Civil Veterinary Dept. Assam report 1911-1927 - 1911-1927
Year: 1911
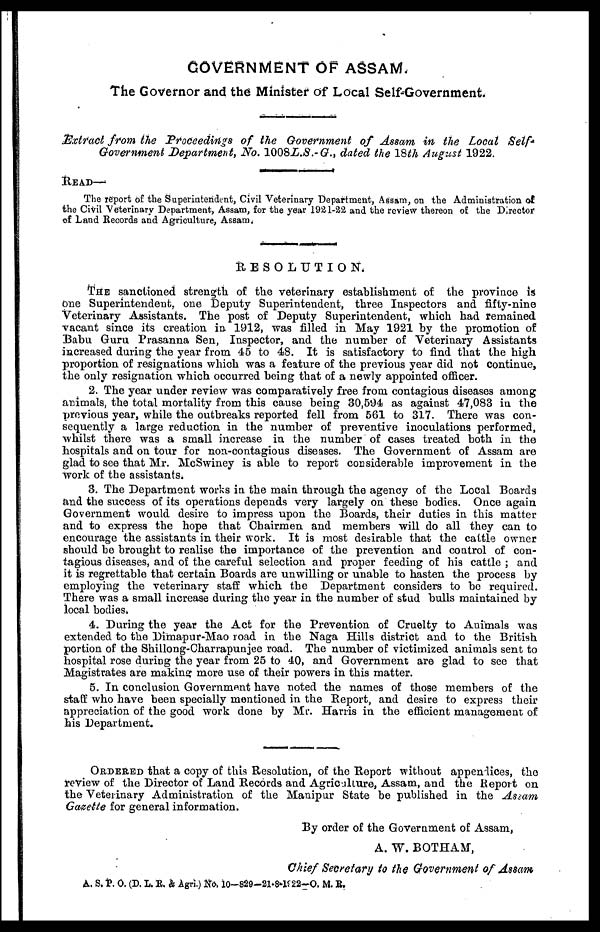
GOVERNMENT OF ASSAM.
The Governor and the Minister of Local Self-Government.
Extract from the Proceedings of the Government of Assam in the Local Self-
Government Department, No. 1008L.S.-G., dated the 18th August 1922.
READ—
The report of the Superintendent, Civil Veterinary Department, Assam, on the Administration of
the Civil Veterinary Department, Assam, for the year 1921-22 and the review thereon of the Director
of Land Records and Agriculture, Assam.
R E S O L U T I O N.
THE sanctioned strength of the veterinary establishment of the province is
one Superintendent, one Deputy Superintendent, three Inspectors and fifty-nine
Veterinary Assistants. The post of Deputy Superintendent, which had remained
vacant since its creation in 1912, was filled in May 1921 by the promotion of
Babu Guru Prasanna Sen, Inspector, and the number of Veterinary Assistants
increased during the year from 45 to 48. It is satisfactory to find that the high
proportion of resignations which was a feature of the previous year did not continue,
the only resignation which occurred being that of a newly appointed officer.
2. The year under review was comparatively free from contagious diseases among
animals, the total mortality from this cause being 30,594 as against 47,083 in the
previous year, while the outbreaks reported fell from 561 to 317. There was con-
sequently a large reduction in the number of preventive inoculations performed,
whilst there was a small increase in the number of cases treated both in the
hospitals and on tour for non-contagious diseases. The Government of Assam are
glad to see that Mr. McSwiney is able to report considerable improvement in the
work of the assistants.
3. The Department works in the main through the agency of the Local Boards
and the success of its operations depends very largely on these bodies. Once again
Government would desire to impress upon the Boards, their duties in this matter
and to express the hope that Chairmen and members will do all they can to
encourage the assistants in their work. It is most desirable that the cattle owner
should be brought to realise the importance of the prevention and control of con-
tagious diseases, and of the careful selection and proper feeding of his cattle; and
it is regrettable that certain Boards are unwilling or unable to hasten the process by
employing the veterinary staff which the Department considers to be required.
There was a small increase during the year in the number of stud bulls maintained by
local bodies.
4. During the year the Act for the Prevention of Cruelty to Animals was
extended to the Dimapur-Mao road in the Naga Hills district and to the British
portion of the Shillong-Charrapunjee road. The number of victimized animals sent to
hospital rose during the year from 25 to 40, and Government are glad to see that
Magistrates are making more use of their powers in this matter.
5. In conclusion Government have noted the names of those members of the
staff who have been specially mentioned in the Report, and desire to express their
appreciation of the good work done by Mr. Harris in the efficient management of
his Department.
ORDERED that a copy of this Resolution, of the Report without appendices, the
review of the Director of Land Records and Agricalture, Assam, and the Report on
the Veterinary Administration of the Manipur State be published in the Assam
Gazette for general information.
By order of the Government of Assam,
A. W. BOTHAM,
Chief Secretary to the Government of Assam
A. S. P. O. (D. L. R. & Agri.) No 10—829—21-8-1922—O. M. R.